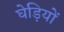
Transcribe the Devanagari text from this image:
घेड़ियों